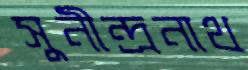
সুনীন্দ্রনাথ